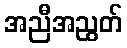
အညီအညွတ်